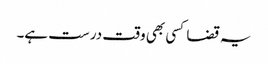
یہ قضا کسی بھی وقت درست ہے۔